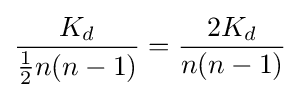
{\frac {K_{d}}{{\frac {1}{2}}n(n-1)}}={\frac {2K_{d}}{n(n-1)}}